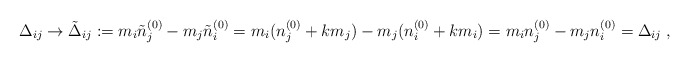
\begin{align*}\Delta_{ij}\to\tilde \Delta_{ij}:=m_i\tilde n^{(0)}_j-m_j\tilde n^{(0)}_i=m_i(n^{(0)}_j+km_j)-m_j(n^{(0)}_i+km_i)=m_in^{(0)}_j-m_jn^{(0)}_i=\Delta_{ij}\;,\end{align*}